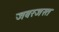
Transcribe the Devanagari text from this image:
जबरजस्त